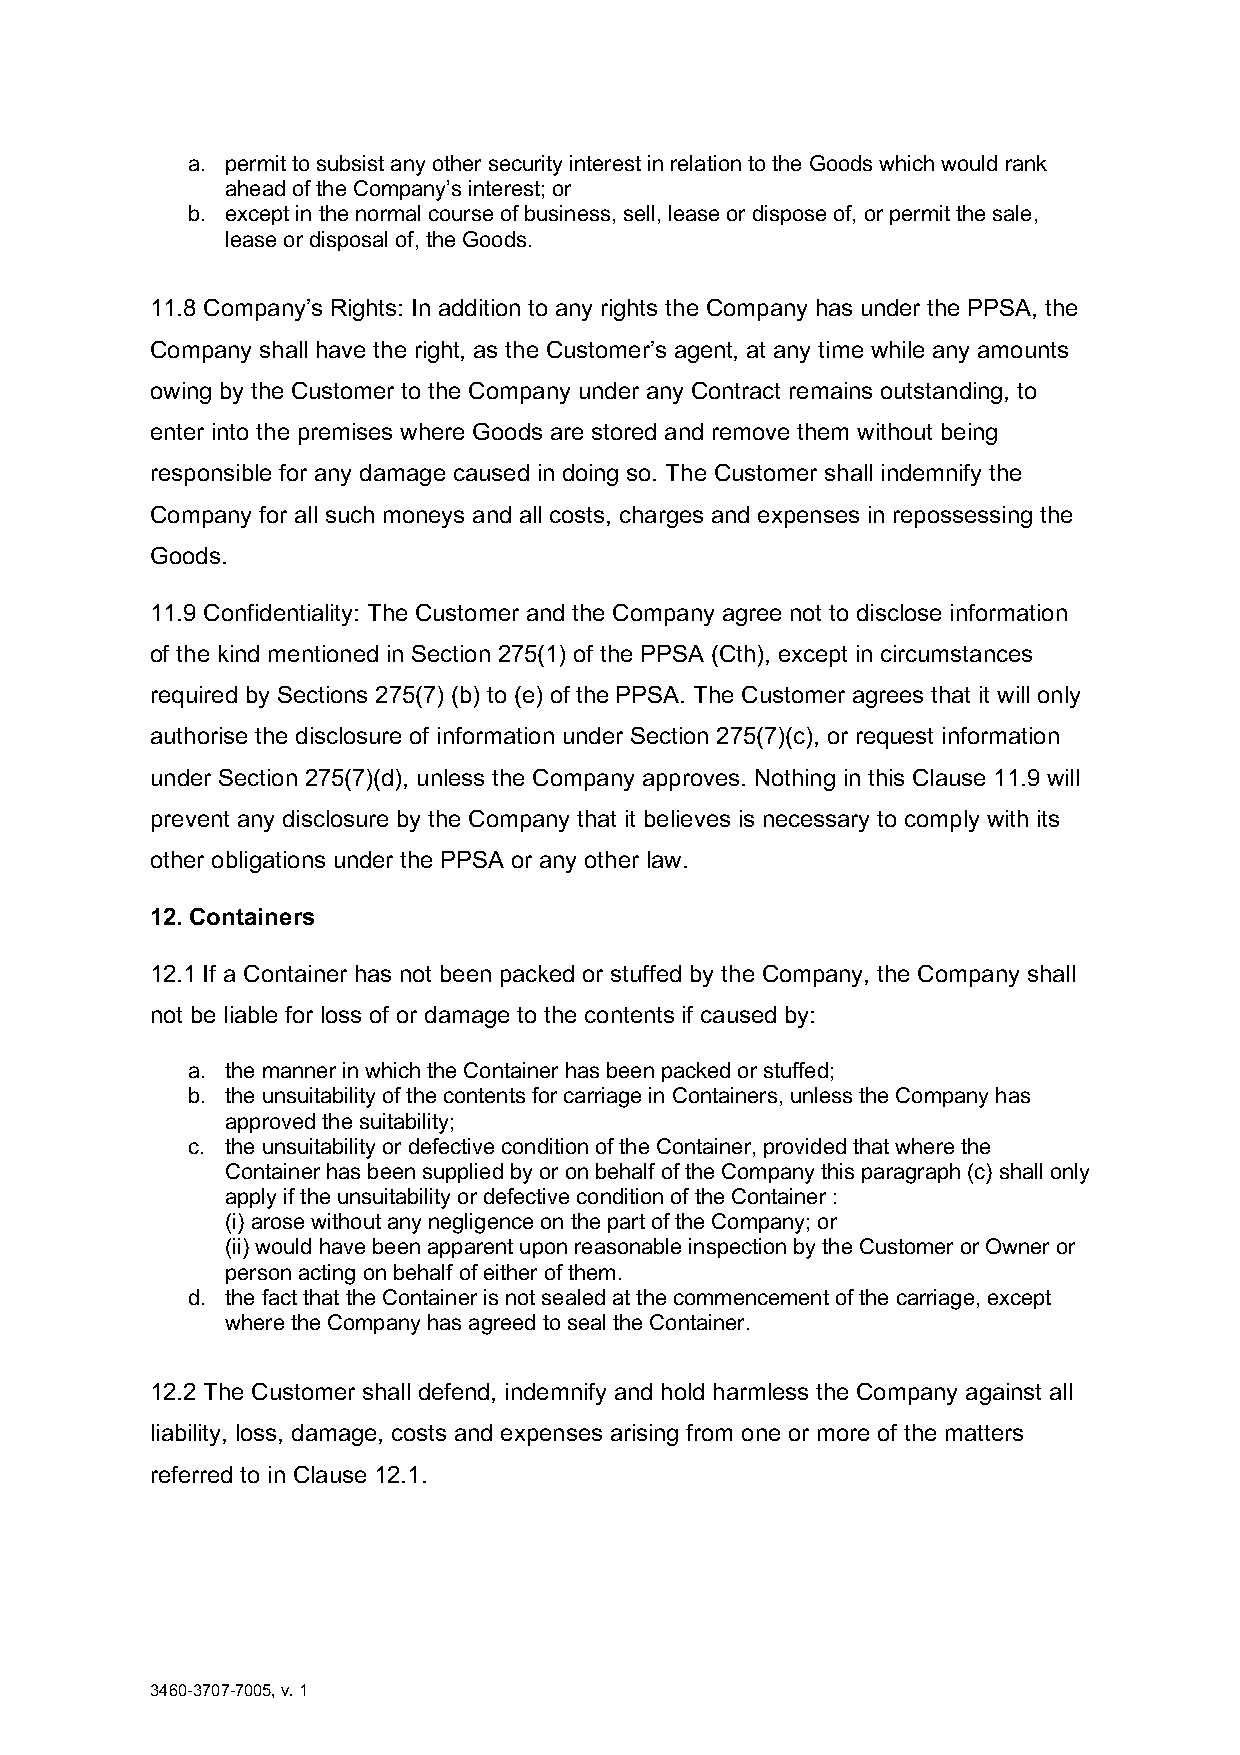
a. permit to subsist any other security interest in relation to the Goods which would rank
 ahead of the Company’s interest; or
 b. except in the normal course of business, sell, lease or dispose of, or permit the sale,
 lease or disposal of, the Goods.
 11.8 Company’s Rights: In addition to any rights the Company has under the PPSA, the
 Company shall have the right, as the Customer’s agent, at any time while any amounts
 owing by the Customer to the Company under any Contract remains outstanding, to
 enter into the premises where Goods are stored and remove them without being
 responsible for any damage caused in doing so. The Customer shall indemnify the
 Company for all such moneys and all costs, charges and expenses in repossessing the
 Goods.
 11.9 Confidentiality: The Customer and the Company agree not to disclose information
 of the kind mentioned in Section 275(1) of the PPSA (Cth), except in circumstances
 required by Sections 275(7) (b) to (e) of the PPSA. The Customer agrees that it will only
 authorise the disclosure of information under Section 275(7)(c), or request information
 under Section 275(7)(d), unless the Company approves. Nothing in this Clause 11.9 will
 prevent any disclosure by the Company that it believes is necessary to comply with its
 other obligations under the PPSA or any other law.
 12. Containers
 12.1 If a Container has not been packed or stuffed by the Company, the Company shall
 not be liable for loss of or damage to the contents if caused by:
 a. the manner in which the Container has been packed or stuffed;
 b. the unsuitability of the contents for carriage in Containers, unless the Company has
 approved the suitability;
 c. the unsuitability or defective condition of the Container, provided that where the
 Container has been supplied by or on behalf of the Company this paragraph (c) shall only
 apply if the unsuitability or defective condition of the Container :
 (i) arose without any negligence on the part of the Company; or
 (ii) would have been apparent upon reasonable inspection by the Customer or Owner or
 person acting on behalf of either of them.
 d. the fact that the Container is not sealed at the commencement of the carriage, except
 where the Company has agreed to seal the Container.
 12.2 The Customer shall defend, indemnify and hold harmless the Company against all
 liability, loss, damage, costs and expenses arising from one or more of the matters
 referred to in Clause 12.1.
 3460-3707-7005, v. 1